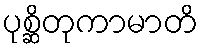
ပုစ္ဆိတုကာမာတိ